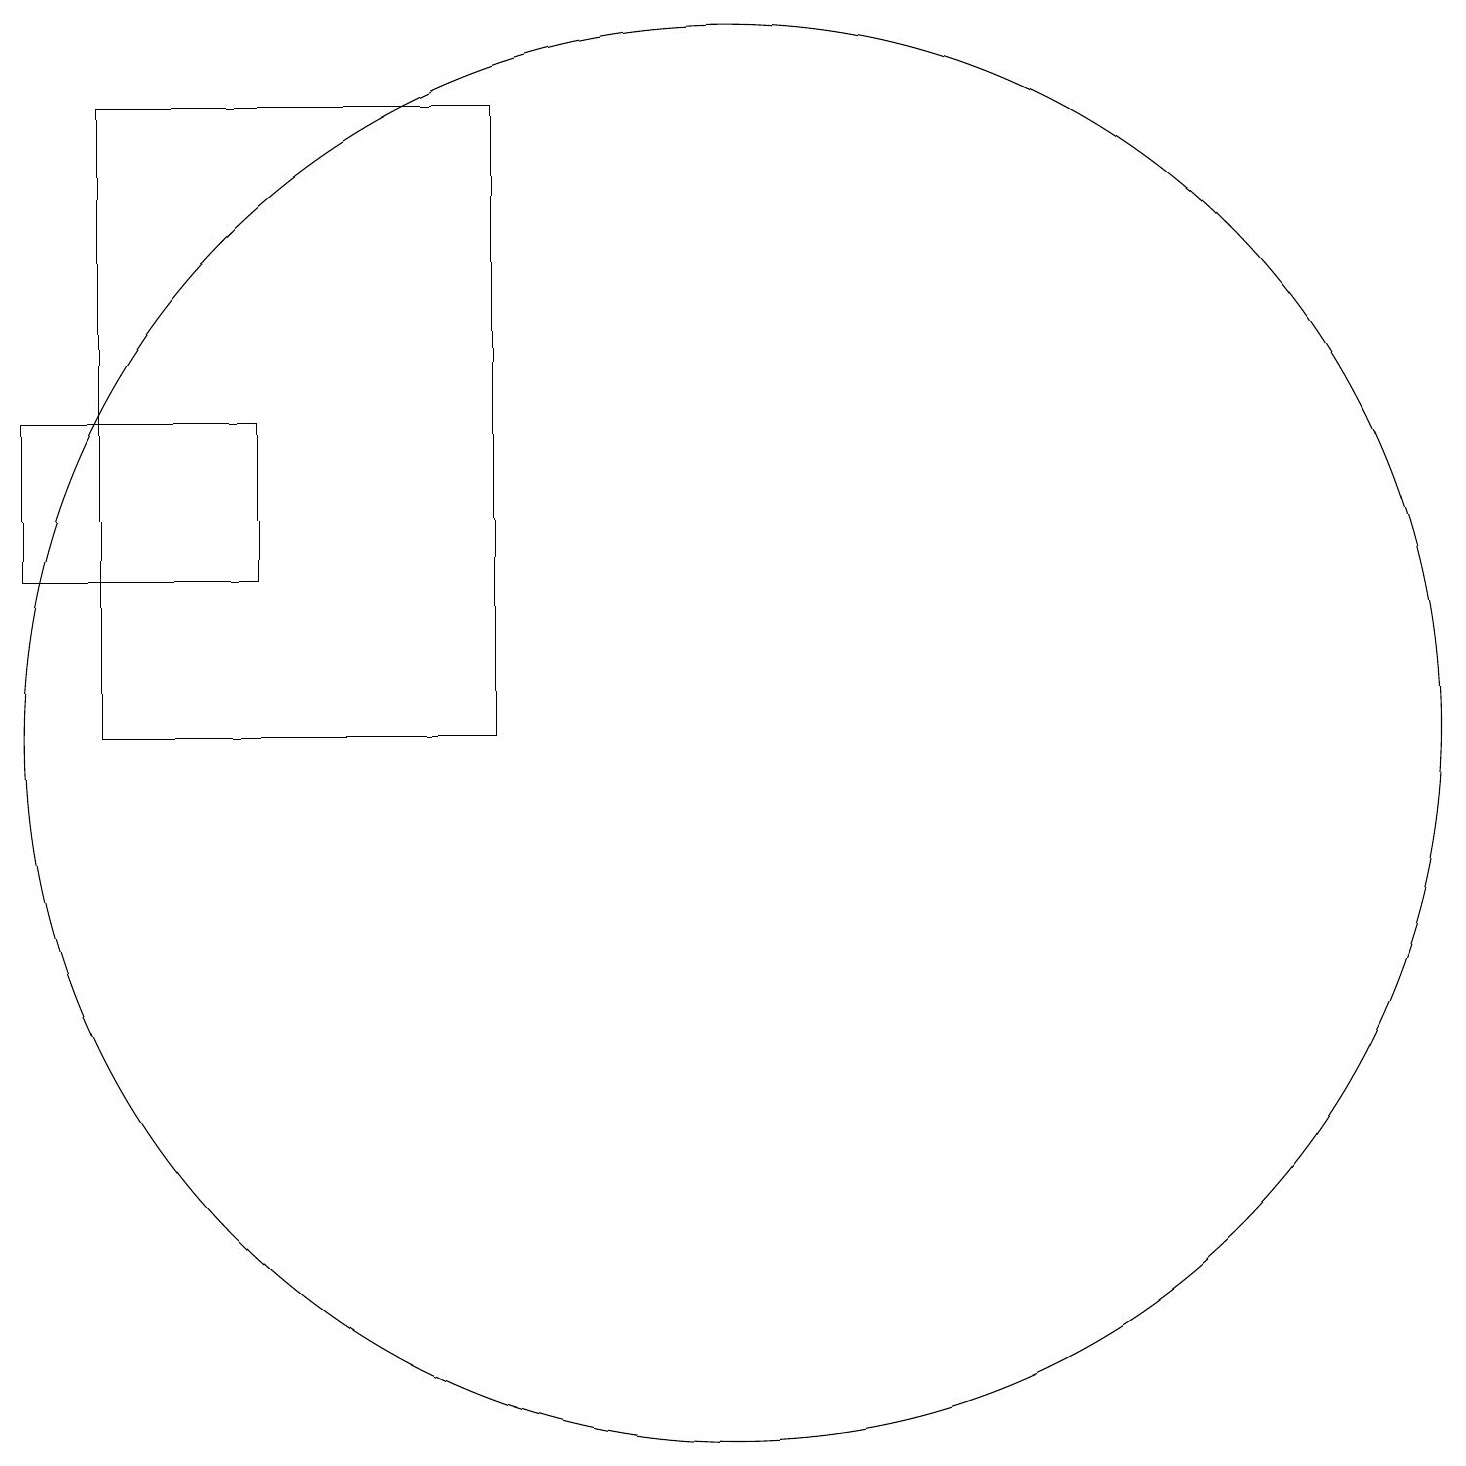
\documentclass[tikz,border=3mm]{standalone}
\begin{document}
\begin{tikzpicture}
\draw (8,19) rectangle (3,11);
\draw (2,13) rectangle (5,15);
\draw (11,11) circle (9);
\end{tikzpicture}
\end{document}